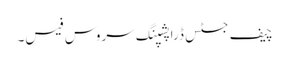
چیف جسٹس ڈراپشپنگ سروس فیس۔